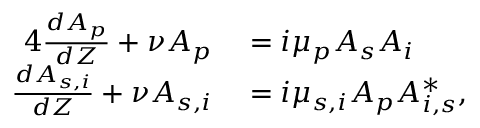
\begin{array} { r l } { { 4 } \frac { d A _ { p } } { d Z } + \nu A _ { p } } & { { } = i \mu _ { p } A _ { s } A _ { i } } \\ { \frac { d A _ { s , i } } { d Z } + \nu A _ { s , i } } & { { } = i \mu _ { s , i } A _ { p } A _ { i , s } ^ { * } , } \end{array}